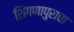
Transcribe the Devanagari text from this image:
शिंगणापुराचा